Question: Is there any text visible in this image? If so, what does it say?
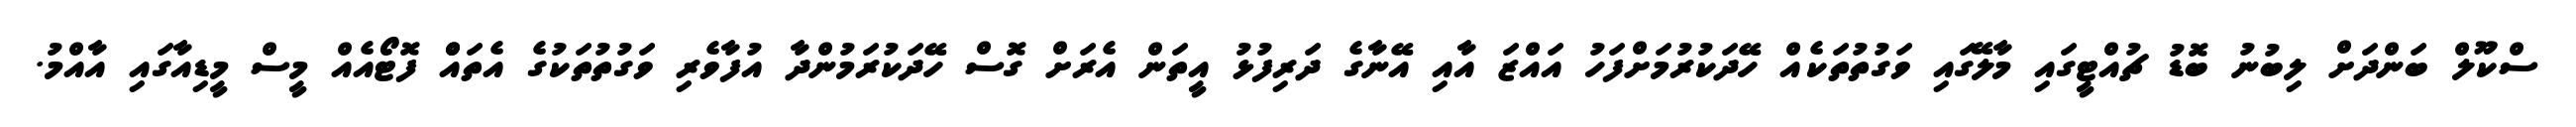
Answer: ސްކޫލް ބަންދަށް ލިބުނު ބޮޑު ޗުއްޓީގައި މާލޭގައި ވަގުތުތަކެއް ހޭދަކުރުމަށްފަހު އައްޒަ އާއި އޭނާގެ ދަރިފުޅު އީތަން އެރަށް ގޮސް ހޭދަކުރަމުންދާ އުފާވެރި ވަގުތުތަކުގެ އެތައްް ފޮޓޯއެއް މީސް މީޑިއާގައި އާއްމު.